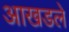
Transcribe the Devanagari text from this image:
आखडले